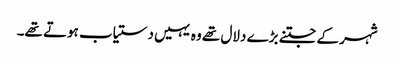
شہر کے جتنے بڑے دلال تھے وہ یہیں دستیاب ہوتے تھے۔